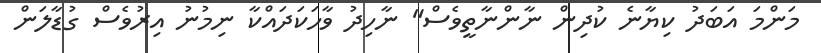
މަންމަ އަބަދު ކިޔާނެ ކުދިން ނާންނާތީވެސް" ނާހިދު ވާހަކަދައްކާ ނިމުނު އިރުވެސް ގުޑާލަން